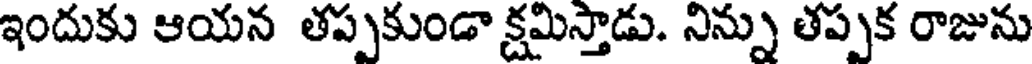
ఇందుకు ఆయన తప్పకుండా క్షమిస్తాడు. నిన్ను తప్పక రాజును